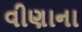
વીણાના